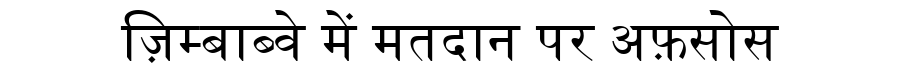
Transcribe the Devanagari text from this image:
ज़िम्बाब्वे में मतदान पर अफ़सोस